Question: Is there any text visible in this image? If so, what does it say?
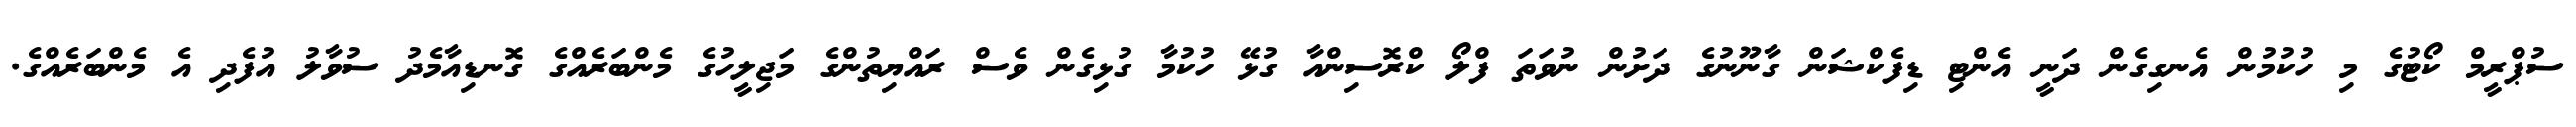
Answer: ސުޕްރީމް ކޯޓުގެ މި ހުކުމުން އެނގިގެން ދަނީ އެންޓި ޑިފެކްޝަން ގާނޫނުގެ ދަށުން ނުވަތަ ފްލޯ ކްރޮސިންއާ ގުޅޭ ހުކުމާ ގުޅިގެން ވެސް ރައްޔިތުންގެ މަޖިލީހުގެ މެންބަރެއްގެ ގޮނޑިއާމެދު ސުވާލު އުފެދި އެ މެންބަރެއްގެ.